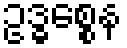
ဥဒ္ဓစ္စေန